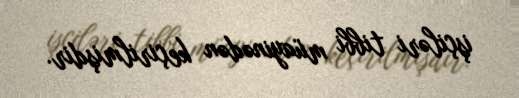
işçiləri tibbi müayinədən keçirilmişdir.